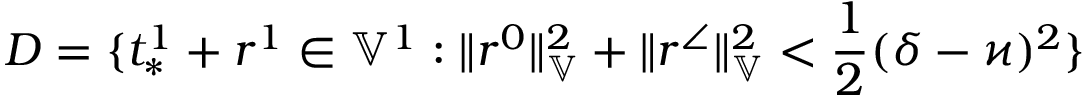
D = \{ t _ { * } ^ { 1 } + r ^ { 1 } \in \mathbb { V } ^ { 1 } : \| r ^ { 0 } \| _ { \mathbb { V } } ^ { 2 } + \| r ^ { \angle } \| _ { \mathbb { V } } ^ { 2 } < \frac { 1 } { 2 } ( \delta - \varkappa ) ^ { 2 } \}